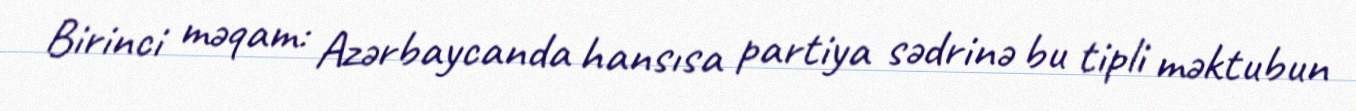
Birinci məqam: Azərbaycanda hansısa partiya sədrinə bu tipli məktubun